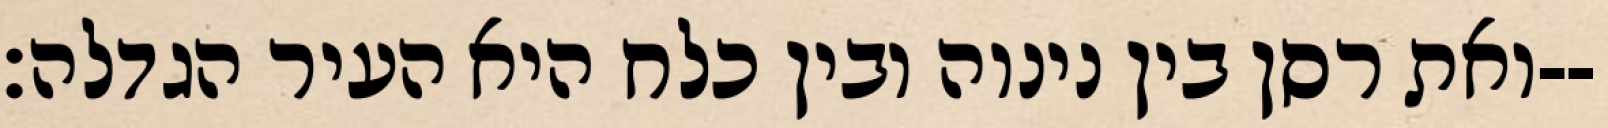
ואת רסן בין נינוה ובין כלח היא העיר הגדלה׃--